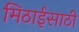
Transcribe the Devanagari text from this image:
मिठाईसाठी